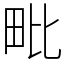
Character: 毗